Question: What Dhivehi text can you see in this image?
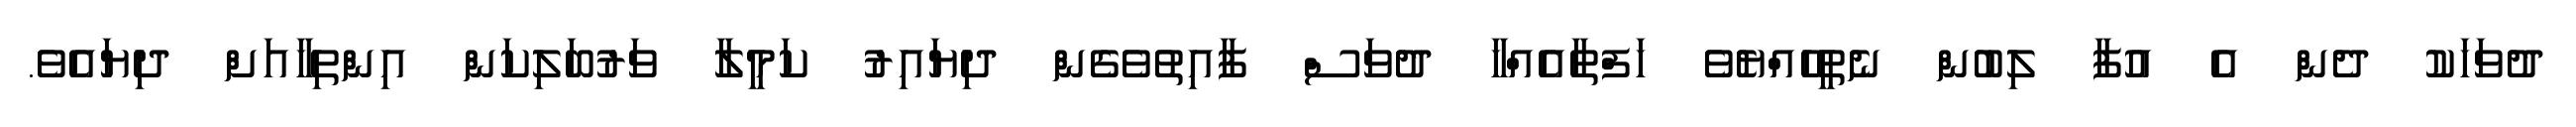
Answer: ދުވަހަކު ދެން އެ އުފާ ލިބުން ނެތީހެއްޔެވެ ހަފްތާއެއްހާ ދުވަސް ފާއިތުވެގެން ދިޔައިރު ކަމީލާ ވަރުބަލިކަން އިންތިހާއަށް ދިޔައެވެ.